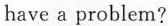
have a problem?